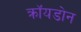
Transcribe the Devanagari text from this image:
क्रॉयडोन